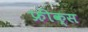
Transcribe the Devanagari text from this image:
फ्रीक्स